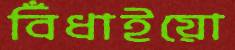
বিঁধাইয়ো